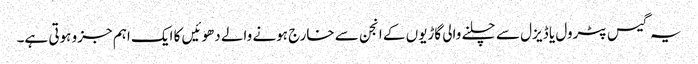
یہ گیس پٹرول یا ڈیزل سے چلنے والی گاڑیوں کے انجن سے خارج ہونے والے دھوئیں کا ایک اہم جزو ہوتی ہے۔